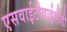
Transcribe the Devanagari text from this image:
एसवाईटीवाईसीडी